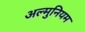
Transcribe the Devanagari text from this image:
अल्मुनियम